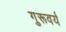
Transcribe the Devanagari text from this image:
गुरूवर्य